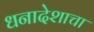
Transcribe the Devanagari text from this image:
धनादेशाचा